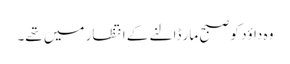
وہ داؤد کو صبح مار ڈالنے کے انتظار میں تھے۔